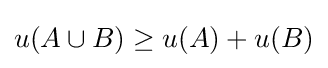
u(A\cup B)\geq u(A)+u(B)